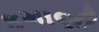
કમાણી